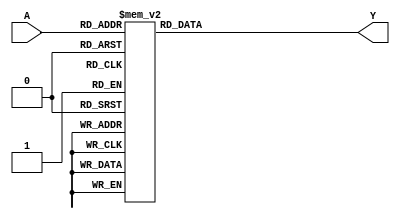
// Description: A behavioral 3 to 8 decoder.

module dec3to8(input wire [2:0] A,
                        output reg [0:7] Y    );

  always @ (A) begin
    case (A)
        0: Y = 8'b10000000;
        1: Y = 8'b01000000;
        2: Y = 8'b00100000;
        3: Y = 8'b00010000;
        4: Y = 8'b00001000;
        5: Y = 8'b00000100;
        6: Y = 8'b00000010;
        7: Y = 8'b00000001;
        default: Y = 8'b00000000;
      endcase
  end
endmodule